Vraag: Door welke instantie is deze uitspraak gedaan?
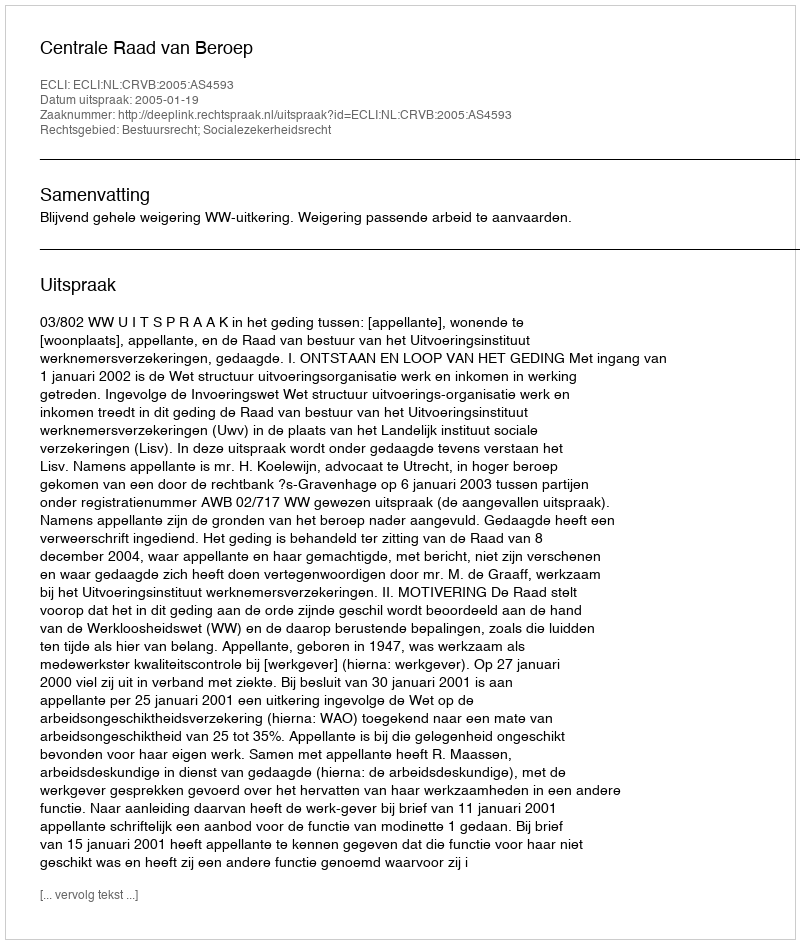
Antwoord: Centrale Raad van Beroep